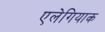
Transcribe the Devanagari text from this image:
एलेगियाक